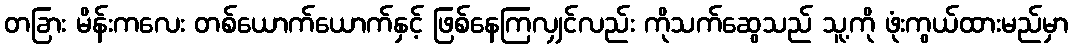
တခြား မိန်းကလေး တစ်ယောက်ယောက်နှင့် ဖြစ်နေကြလျှင်လည်း ကိုသက်ဆွေသည် သူ့ကို ဖုံးကွယ်ထားမည်မှာ